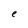
Character: e